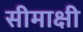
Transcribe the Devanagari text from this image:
सीमाक्षी